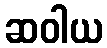
ဆဝါယ